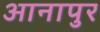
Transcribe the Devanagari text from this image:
आनापुर